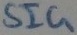
Text: SIG